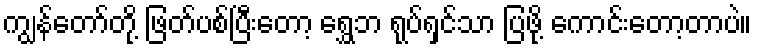
ကျွန်တော်တို့ ဖြတ်ပစ်ပြီးတော့ ရွှေဘ ရုပ်ရှင်သာ ပြဖို့ ကောင်းတော့တာပဲ။